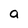
Character: a